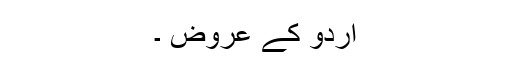
اردو کے عروض ۔